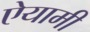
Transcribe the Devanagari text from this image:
ऐयामी